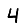
Digit: 4